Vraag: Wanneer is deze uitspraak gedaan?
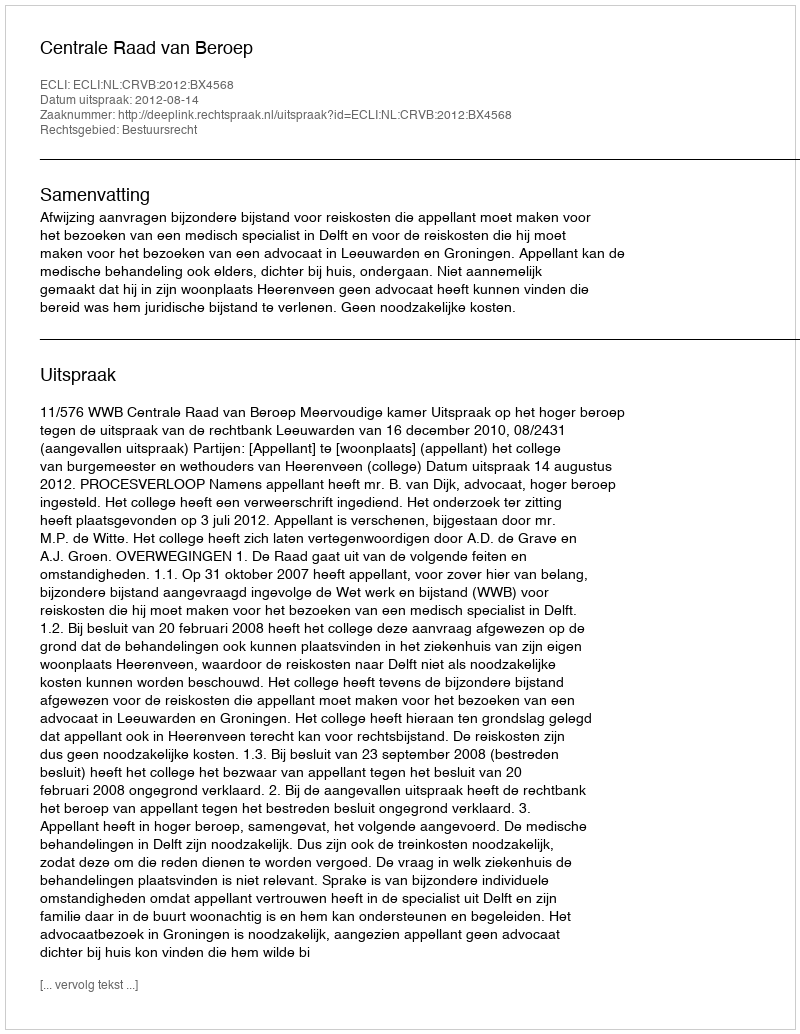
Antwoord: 2012-08-14